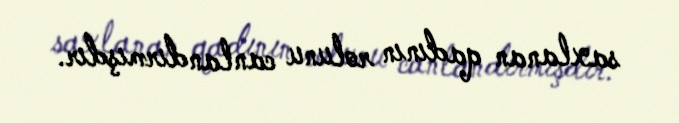
saxlanan qadının rolunu canlandırmışdır.